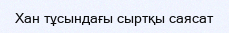
Хан тұсындағы сыртқы саясат